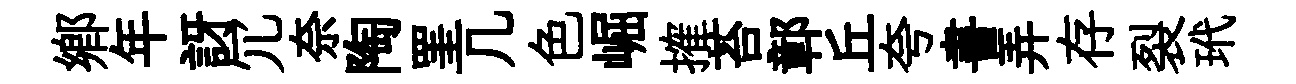
郷年訝冗奈陶罣几色崛搉苔鄣丘夸書弄存裂玳